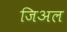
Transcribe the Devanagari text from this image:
जिअल